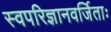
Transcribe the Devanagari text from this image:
स्वपरिज्ञानवर्जिताः